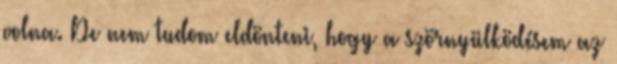
volna. De nem tudom eldönteni, hogy a szörnyülködésem az